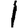
Digit: 1